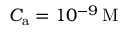
C _ { \mathrm { a } } = 1 0 ^ { - 9 } \, \mathrm { M }